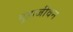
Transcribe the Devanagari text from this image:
गुहाजीवन